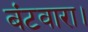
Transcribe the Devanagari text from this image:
बंटवारा।